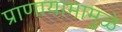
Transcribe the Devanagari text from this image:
प्राणायामामुळे